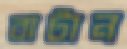
বাটান